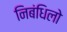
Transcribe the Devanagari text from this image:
निबंधिलो